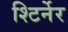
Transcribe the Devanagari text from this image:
श्टिर्नेर